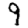
Digit: 9